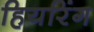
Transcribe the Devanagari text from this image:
हियरिंग